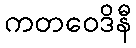
ကတဝေဒိနီ